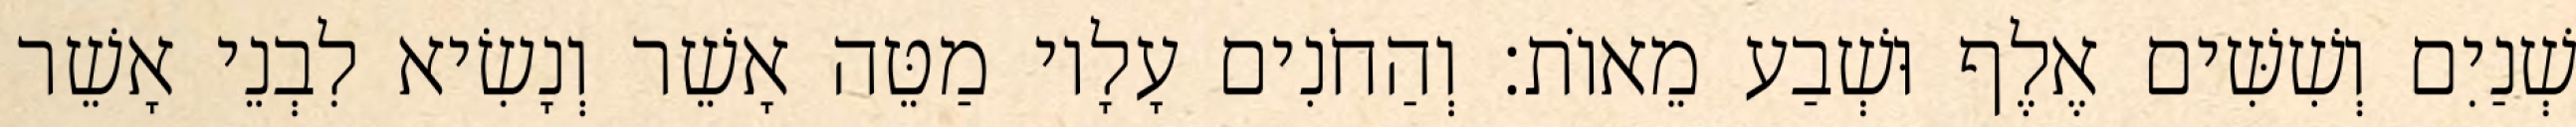
שְׁנַיִם וְשִׁשִּׁים אֶלֶף וּשְׁבַע מֵאוֹת׃ וְהַחֹנִים עָלָיו מַטֵּה אָשֵׁר וְנָשִׂיא לִבְנֵי אָשֵׁר